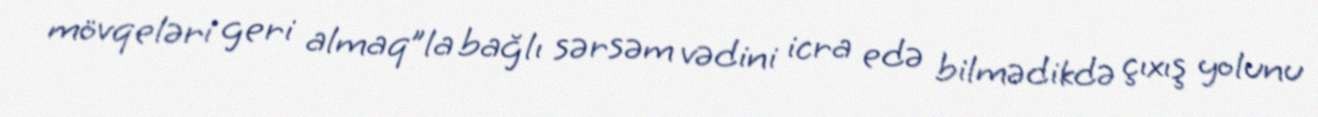
mövqeləri geri almaq”la bağlı sərsəm vədini icra edə bilmədikdə çıxış yolunu